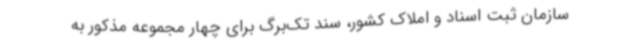
سازمان ثبت اسناد و املاک کشور، سند تک‌برگ برای چهار مجموعه مذکور به